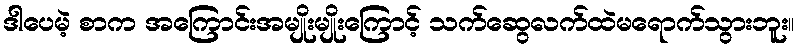
ဒါပေမဲ့ စာက အကြောင်းအမျိုးမျိုးကြောင့် သက်ဆွေလက်ထဲမရောက်သွားဘူး။